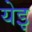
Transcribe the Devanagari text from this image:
येइ